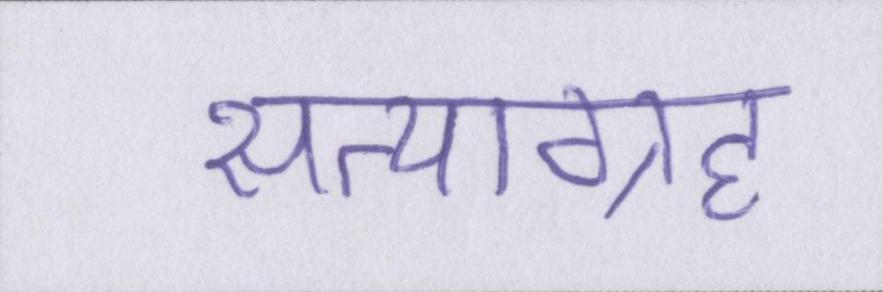
सत्याग्रह